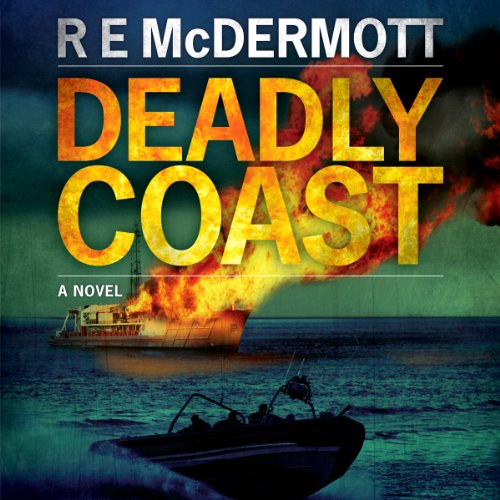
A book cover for Deadly Coast; R. E. McDermott; Mystery, Thriller & Suspense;